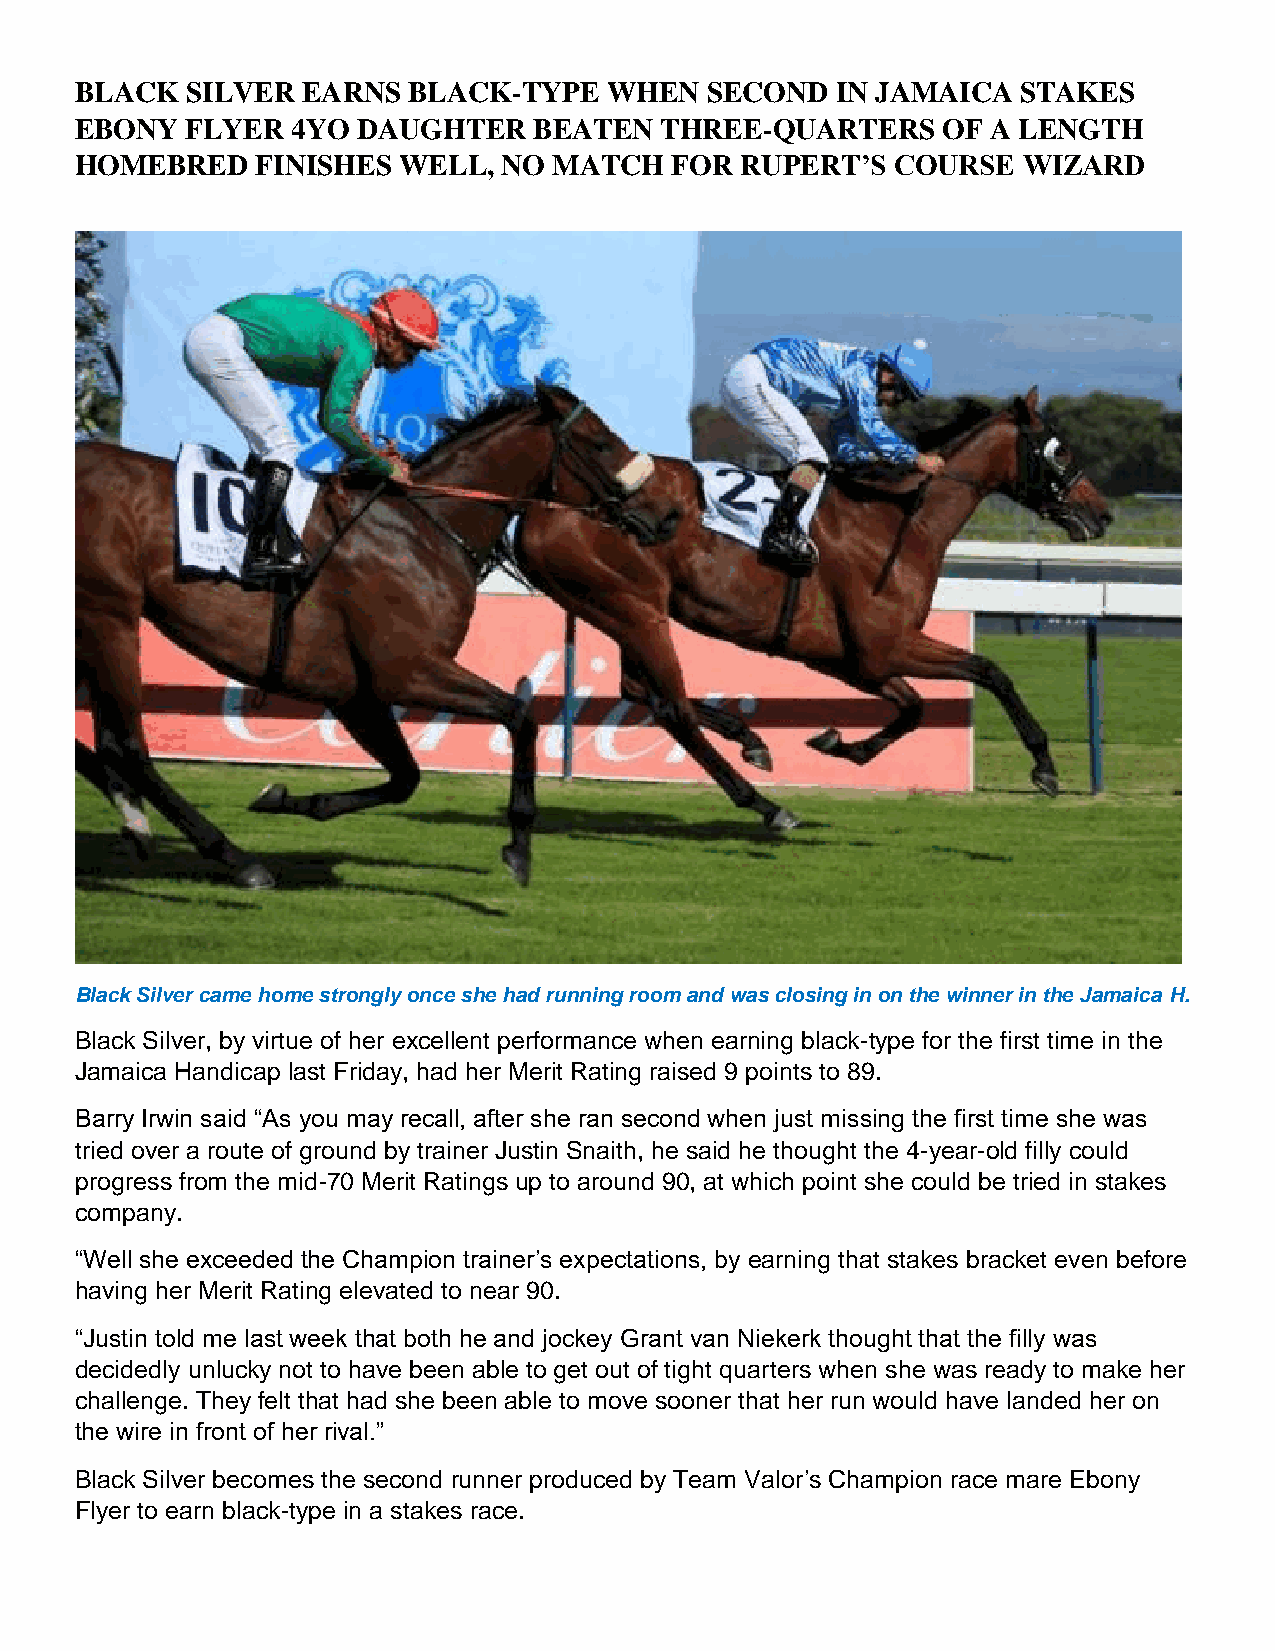
BLACK  SILVER  EARNS  BLACK-TYPE   WHEN   SECOND  IN JAMAICA   STAKES
 EBONY  FLYER  4YO  DAUGHTER   BEATEN   THREE-QUARTERS    OF  A LENGTH
 HOMEBRED    FINISHES WELL,  NO  MATCH  FOR  RUPERT’S  COURSE   WIZARD
 Black Silver came home strongly once she had running room and was closing in on the winner in the Jamaica H.
 Black Silver, by virtue of her excellent performance when earning black-type for the first time in the
 Jamaica Handicap last Friday, had her Merit Rating raised 9 points to 89.
 Barry Irwin said “As you may recall, after she ran second when just missing the first time she was
 tried over a route of ground by trainer Justin Snaith, he said he thought the 4-year-old filly could
 progress from the mid-70 Merit Ratings up to around 90, at which point she could be tried in stakes
 company.
 “Well she exceeded the Champion trainer’s expectations, by earning that stakes bracket even before
 having her Merit Rating elevated to near 90.
 “Justin told me last week that both he and jockey Grant van Niekerk thought that the filly was
 decidedly unlucky not to have been able to get out of tight quarters when she was ready to make her
 challenge. They felt that had she been able to move sooner that her run would have landed her on
 the wire in front of her rival.”
 Black Silver becomes the second runner produced by Team Valor’s Champion race mare Ebony
 Flyer to earn black-type in a stakes race.